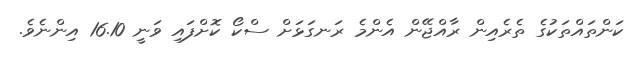
ކަންތައްތަކުގެ ތެރެއިން ރާއްޖޭން އެންމެ ރަނގަޅަށް ސްކޯ ކޮށްފައި ވަނީ 16.10 އިންނެވެ.